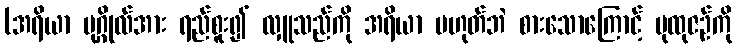
(အရိယာ ပုဂ္ဂိုလ်အား ရည်စူး၍ လှူသည်ကို အရိယာ မဟုတ်ဘဲ စားသောကြောင့် ပုထုဇဉ်ကို